On kala azar, malaria and malarial cachexia - Number 19
Disease focus: Malaria
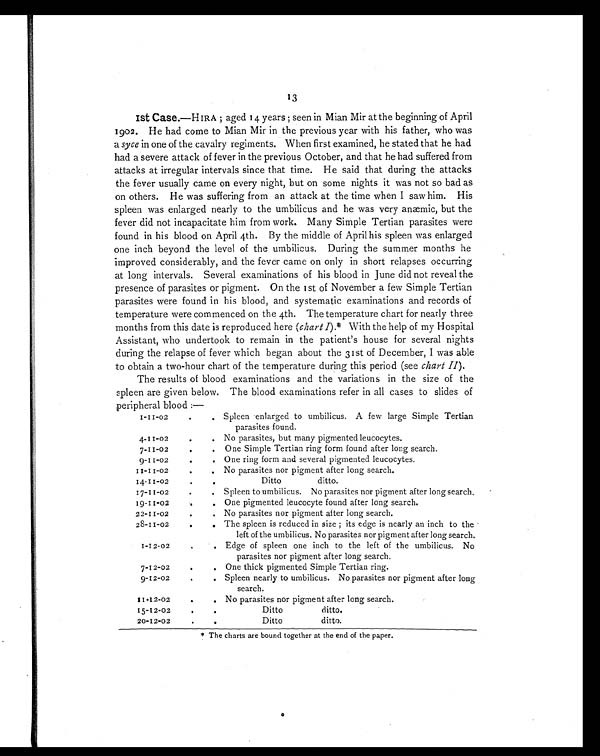
13
1st Case.—HIRA ; aged 14 years ; seen in Mian Mir at the beginning of April
1902. He had come to Mian Mir in the previous year with his father, who was
a syce in one of the cavalry regiments. When first examined, he stated that he had
had a severe attack of fever in the previous October, and that he had suffered from
attacks at irregular intervals since that time. He said that during the attacks
the fever usually came on every night, but on some nights it was not so bad as
on others. He was suffering from an attack at the time when I saw him. His
spleen was enlarged nearly to the umbilicus and he was very anæmic, but the
fever did not incapacitate him from work. Many Simple Tertian parasites were
found in his blood on April 4th. By the middle of April his spleen was enlarged
one inch beyond the level of the umbilicus. During the summer months he
improved considerably, and the fever came on only in short relapses occurring
at long intervals. Several examinations of his blood in June did not reveal the
presence of parasites or pigment. On the 1st of November a few Simple Tertian
parasites were found in his blood, and systematic examinations and records of
temperature were commenced on the 4th. The temperature chart for nearly three
months from this date is reproduced here ( chart I).* With the help of my Hospital
Assistant, who undertook to remain in the patient's house for several nights
during the relapse of fever which began about the 31 st of December, I was able
to obtain a two-hour chart of the temperature during this period ( see chart II ).
The results of blood examinations and the variations in the size of the
spleen are given below. The blood examinations refer in all cases to slides of
peripheral blood :—
1-11-02
. . Spleen enlarged to umbilicus. A few large Simple Tertian
parasites found.
4 - 1 1 - 0 2
.
. No parasites, but many pigmented leucocytes.
7-11-02
.
. One Simple Tertian ring form found after long search.
9-11-02
.
. One ring form and several pigmented leucocytes.
11-11-02
.
. No parasites nor pigment after long search.
14-11-02
.
.
Ditto
ditto.
17-11-02
.
. Spleen to umbilicus. No parasites nor pigment after long search.
19-11-02
.
. One pigmented leucocyte found after long search.
2 2 - 1 1 - 0 2
.
. No parasites nor pigment after long search.
2 8 - 1 1 - 0 2
.
. The spleen is reduced in size ; its edge is nearly an inch to the
left of the umbilicus. No parasites nor pigment after long search.
1-12-02
.
. Edge of spleen one inch to the left of the umbilicus. No
parasites nor pigment after long search.
7-12-02
.
. One thick pigmented Simple Tertian ring.
9-12-02
.
. Spleen nearly to umbilicus. No parasites nor pigment after long
search.
1 1 . 1 2 - 0 2
.
. No parasites nor pigment after long search.
15-12-0
.
.
Ditto
ditto.
20-12-02
.
.
Ditto
ditto.
* The charts are bound together at the end of the paper.